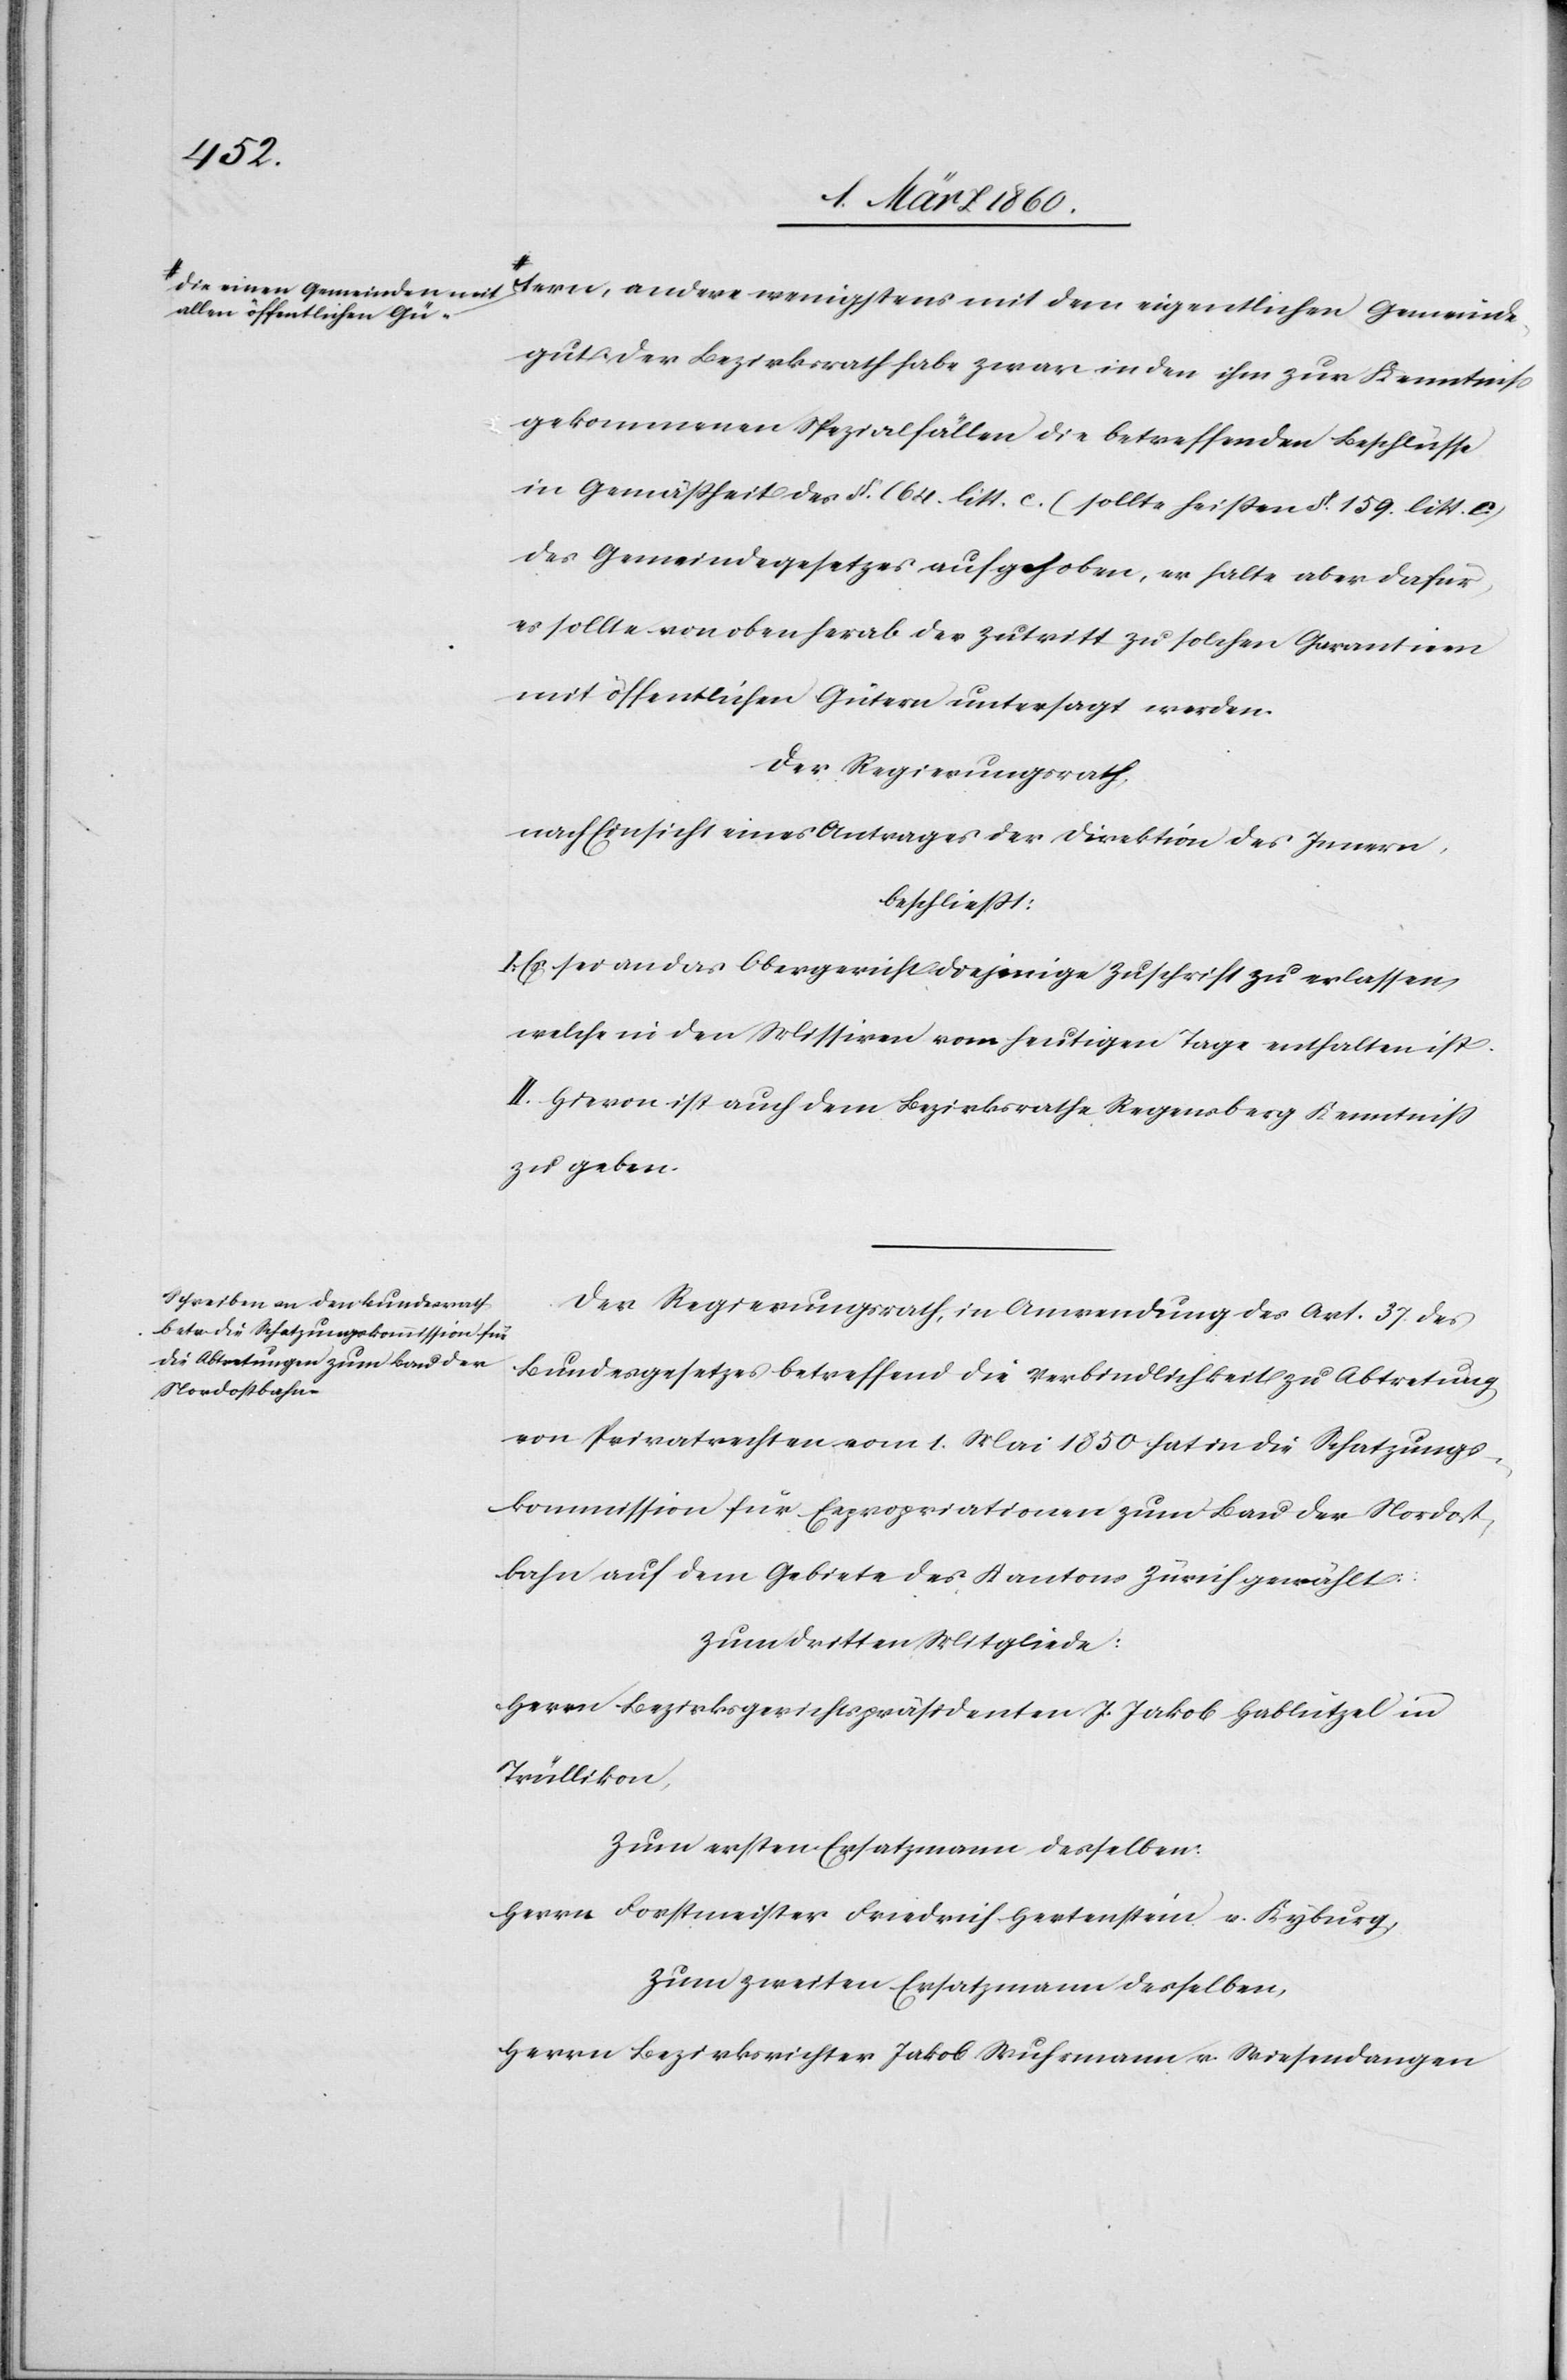
Gemeinde¬
allen öffentlichen Gü--a
gut. Der Bezirksrath habe zwar in den ihm zur Kenntniss
gekommenen Spezialfällen die betreffenden Beschlüsse
in Gemässheit des §. 164. litt. c. (sollte heißen §. 159. litt. c.)
des Gemeindegesetzes aufgehoben, er halte aber dafür
es sollte von oben herab der Zutritt zu solchen Garantien
mit öffentlichen Gütern untersagt werden.
Der Regierungsrath,
nach Einsicht eines Antrages der Direktion des Innern,
beschliesst:
I. Es sei an das Obergericht diejenige Zuschrift zu erlassen,
welche in den Missiven vom heutigen Tage enthalten ist.
II. Hievon ist auch dem Bezirksrathe Regensberg Kenntniß
zu geben.
Der Regierungsrath, in Anwendung es Art. 37 des
Bundesgesetzes betreffend die Verbindlichkeit zu Abtretung
von Privatrechten vom 1. Mai 1850 hat in die Schatzungs¬
kommission für Expropriationen zum Bau der Nordost¬
bahn auf dem Gebiete des Kantons Zürich gewählt:
Zum dritten Mitgliede:
Herrn Bezirksgerichtspräsidenten J. Jakob Hablützel in
Trüllikon,
Zum ersten Ersatzmann desselben:
Herrn Forstmeister Friedrich Hertenstein v. Kyburg,
Zum zweiten Ersatzmann desselben,
Herrn Bezirksrichter Jakob Wuhrmann v. Wiesendangen